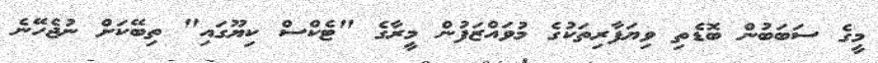
މީގެ ސަބަބުން ބޮޑެތި ވިޔަފާރިތަކުގެ މުވައްޒަފުން މީރާގެ "ޓެކްސް ކިޔޫގައި" ތިބޭކަށް ނުޖެހޭނެ